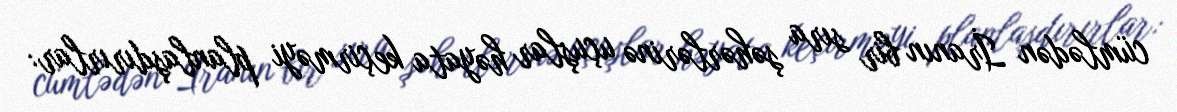
cümlədən İranın bir sıra şəhərlərinə uçuşlar həyata keçirməyi planlaşdırırlar: